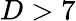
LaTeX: D>7